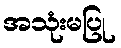
အသုံးမပြု